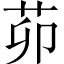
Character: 茆